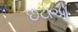
છટાઓ